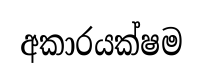
අකාරයක්ෂම